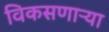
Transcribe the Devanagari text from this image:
विकसणाऱ्या